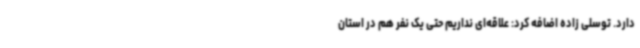
دارد. توسلی زاده اضافه کرد: علاقه‌ای نداریم حتی یک نفر هم در استان